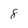
Character: 8